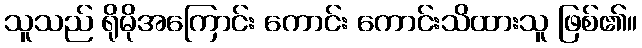
သူသည် ရိုမိုအကြောင်း ကောင်း ကောင်းသိထားသူ ဖြစ်၏။